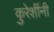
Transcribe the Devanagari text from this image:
कुरेशींनी